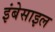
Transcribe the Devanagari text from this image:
इंबेसाइल